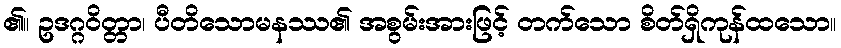
၏။ ဥဒဂ္ဂဝိတ္တာ၊ ပီတိသောမနဿ၏ အစွမ်းအားဖြင့် တက်သော စိတ်ရှိကုန်ထသော။